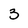
Character: 3